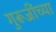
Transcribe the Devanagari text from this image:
गुरूजींच्या